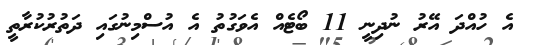
އެ ހުއްދަ އޭރު ނުދިނީ 11 ބޯޓެއް އެވަގުތު އެ އުސްމިނުގައި ދަތުރުކުރާތީ